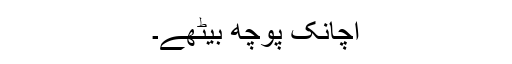
اچانک پوچھ بیٹھے۔